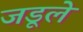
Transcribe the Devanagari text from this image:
जडूले